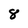
Character: 8